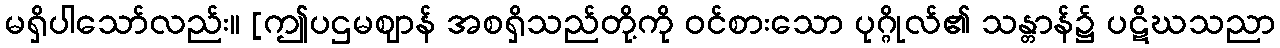
မရှိပါသော်လည်း။ [ဤပဌမဈာန် အစရှိသည်တို့ကို ဝင်စားသော ပုဂ္ဂိုလ်၏ သန္တာန်၌ ပဋိဃသညာ